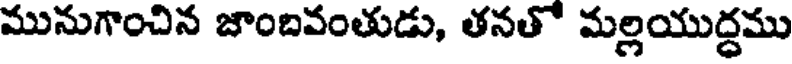
మునుగాంచిన జాందివంతుడు, తనతో మల్లయుద్ధము